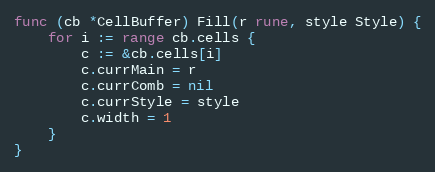
Language: Go
func (cb *CellBuffer) Fill(r rune, style Style) {
	for i := range cb.cells {
		c := &cb.cells[i]
		c.currMain = r
		c.currComb = nil
		c.currStyle = style
		c.width = 1
	}
}